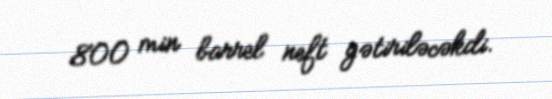
800 min barrel neft gətiriləcəkdi.